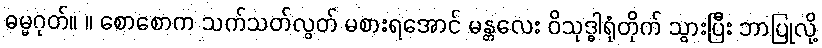
ဓမ္မဂုတ်။ ။ စောစောက သက်သတ်လွတ် မစားရအောင် မန္တလေး ဝိသုဒ္ဓါရုံတိုက် သွားပြီး ဘာပြုလို့